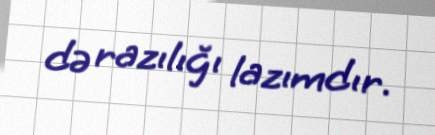
də razılığı lazımdır.